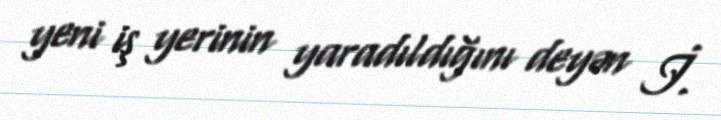
yeni iş yerinin yaradıldığını deyən İ.